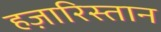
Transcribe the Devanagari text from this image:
हज़ारिस्तान